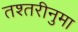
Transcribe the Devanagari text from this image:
तश्तरीनुमा